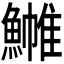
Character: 𬵧